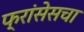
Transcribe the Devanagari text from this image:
फ्रांसेसचा